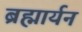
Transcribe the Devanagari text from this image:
ब्रह्मार्यन